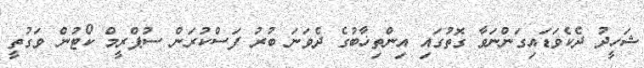
ޝަހީދު ދެކެވަޑައިގަންނަވާ ގޮތުގައި އިންތިޚާބުގެ ދެވަނަ ބުރު ފަސްކުރަން ސުޕްރީމް ކޯޓުން ވަގުތީ